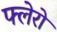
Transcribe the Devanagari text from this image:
फ्लेरो